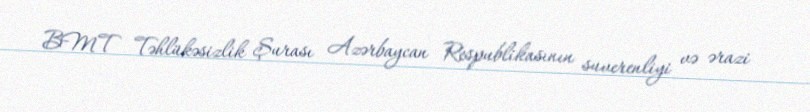
BMT Təhlükəsizlik Şurası Azərbaycan Respublikasının suverenliyi və ərazi